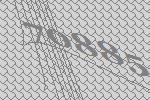
70885